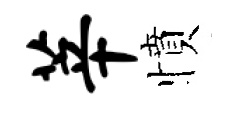
莘憤